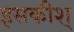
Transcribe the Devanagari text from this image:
इसकीश्